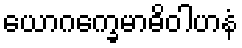
ယောဂက္ခေမာဓိဝါဟနံ